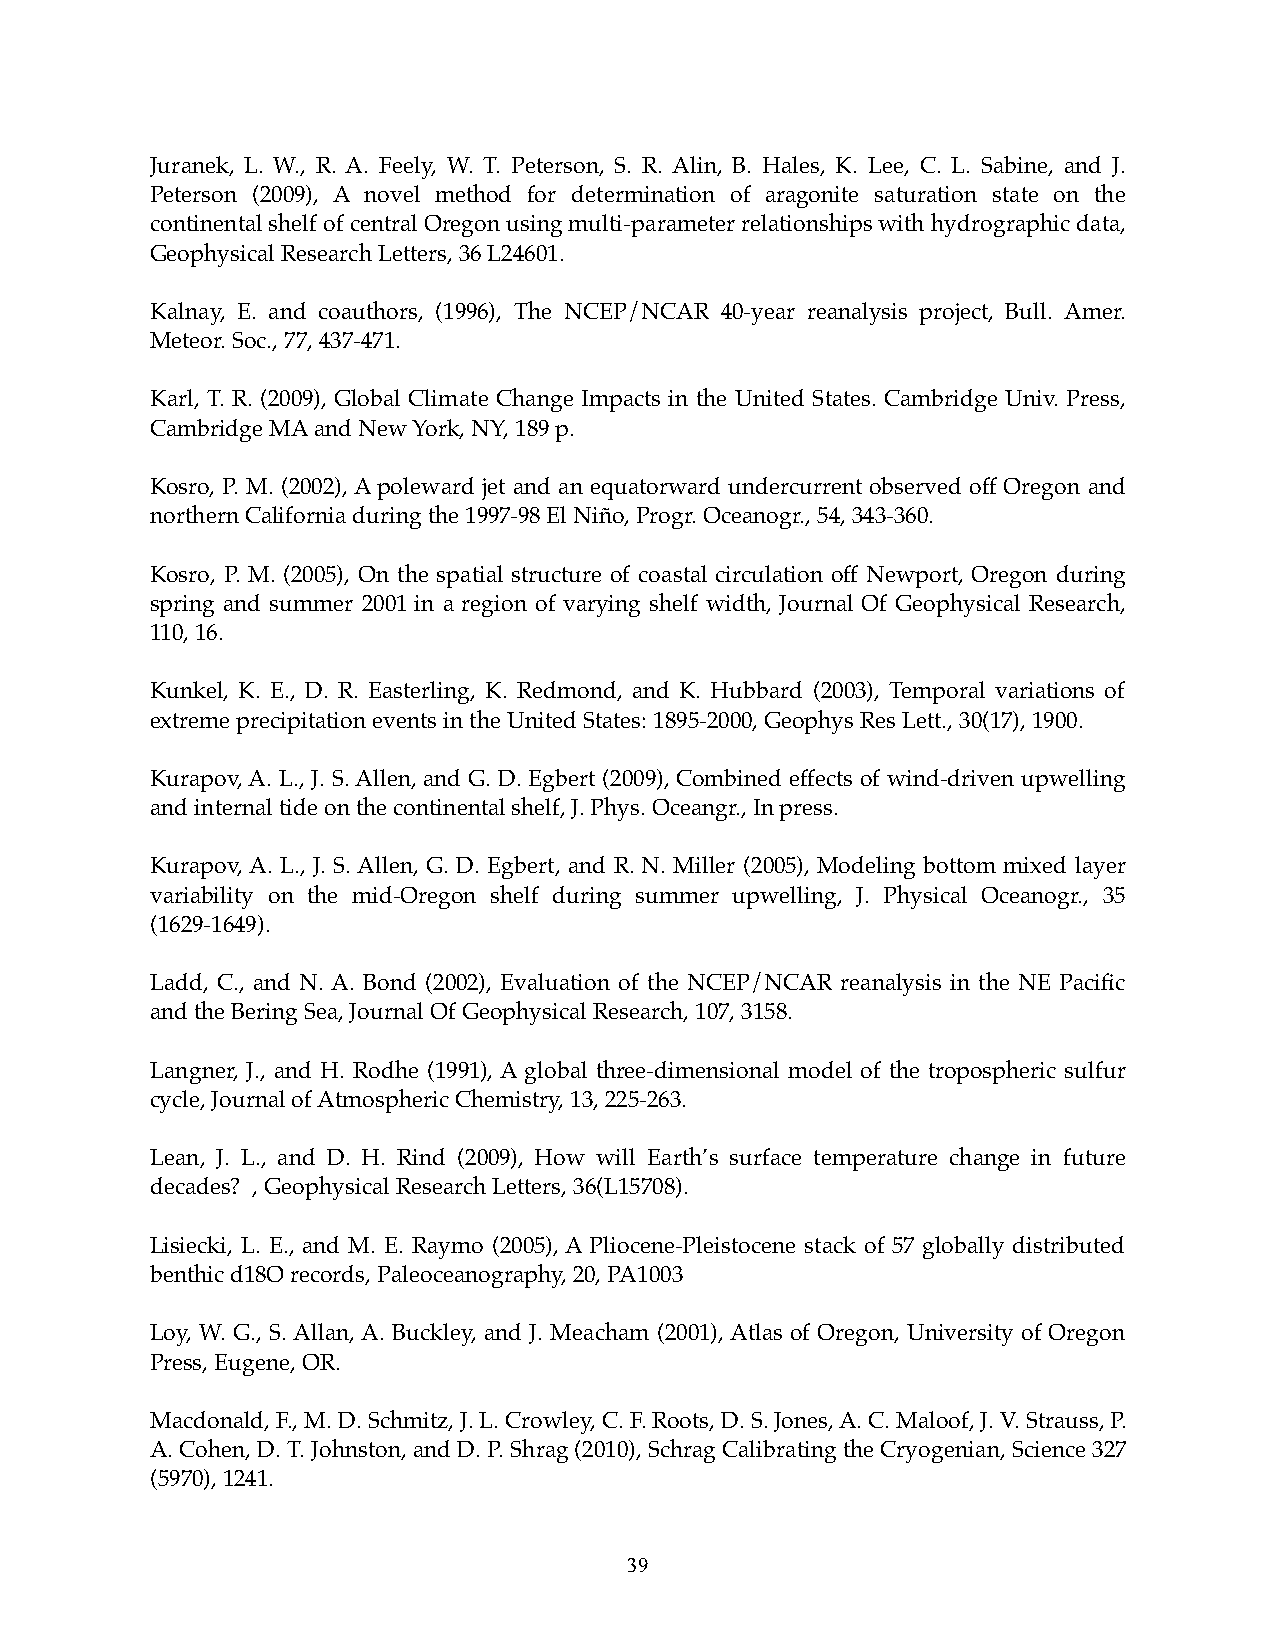
Juranek, L. W., R. A. Feely, W. T. Peterson, S. R. Alin, B. Hales, K. Lee, C. L. Sabine, and J.
 Peterson (2009), A novel method for determination of aragonite saturation state on the
 continental shelf of central Oregon using multi-parameter relationships with hydrographic data,
 Geophysical Research Letters, 36 L24601.
 Kalnay, E. and coauthors, (1996), The NCEP/NCAR 40-year reanalysis project, Bull. Amer.
 Meteor. Soc., 77, 437-471.
 Karl, T. R. (2009), Global Climate Change Impacts in the United States. Cambridge Univ. Press,
 Cambridge MA and New York, NY, 189 p.
 Kosro, P. M. (2002), A poleward jet and an equatorward undercurrent observed off Oregon and
 northern California during the 1997-98 El Niño, Progr. Oceanogr., 54, 343-360.
 Kosro, P. M. (2005), On the spatial structure of coastal circulation off Newport, Oregon during
 spring and summer 2001 in a region of varying shelf width, Journal Of Geophysical Research,
 110, 16.
 Kunkel, K. E., D. R. Easterling, K. Redmond, and K. Hubbard (2003), Temporal variations of
 extreme precipitation events in the United States: 1895-2000, Geophys Res Lett., 30(17), 1900.
 Kurapov, A. L., J. S. Allen, and G. D. Egbert (2009), Combined effects of wind-driven upwelling
 and internal tide on the continental shelf, J. Phys. Oceangr., In press.
 Kurapov, A. L., J. S. Allen, G. D. Egbert, and R. N. Miller (2005), Modeling bottom mixed layer
 variability on the mid-Oregon shelf during summer upwelling, J. Physical Oceanogr., 35
 (1629-1649).
 Ladd, C., and N. A. Bond (2002), Evaluation of the NCEP/NCAR reanalysis in the NE Pacific
 and the Bering Sea, Journal Of Geophysical Research, 107, 3158.
 Langner, J., and H. Rodhe (1991), A global three-dimensional model of the tropospheric sulfur
 cycle, Journal of Atmospheric Chemistry, 13, 225-263.
 Lean, J. L., and D. H. Rind (2009), How will Earth’s surface temperature change in future
 decades? , Geophysical Research Letters, 36(L15708).
 Lisiecki, L. E., and M. E. Raymo (2005), A Pliocene-Pleistocene stack of 57 globally distributed
 benthic d18O records, Paleoceanography, 20, PA1003
 Loy, W. G., S. Allan, A. Buckley, and J. Meacham (2001), Atlas of Oregon, University of Oregon
 Press, Eugene, OR.
 Macdonald, F., M. D. Schmitz, J. L. Crowley, C. F. Roots, D. S. Jones, A. C. Maloof, J. V. Strauss, P.
 A. Cohen, D. T. Johnston, and D. P. Shrag (2010), Schrag Calibrating the Cryogenian, Science 327
 (5970), 1241.
 39